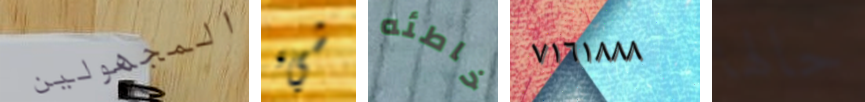
المجهولين شيء خاطئه ٧١٦١٨٨٨ حالها